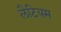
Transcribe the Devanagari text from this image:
लैटियम